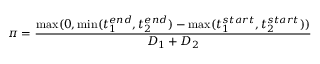
\pi = \frac { \operatorname* { m a x } ( 0 , \operatorname* { m i n } ( t _ { 1 } ^ { e n d } , t _ { 2 } ^ { e n d } ) - \operatorname* { m a x } ( t _ { 1 } ^ { s t a r t } , t _ { 2 } ^ { s t a r t } ) ) } { D _ { 1 } + D _ { 2 } }